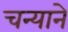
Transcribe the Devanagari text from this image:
चन्याने